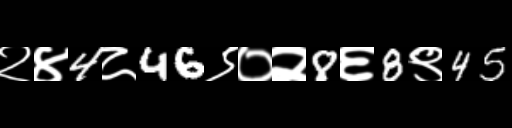
Text: २४4८46९०२8६8९45